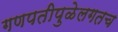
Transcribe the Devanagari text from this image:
गणपतीपुळेलगतच